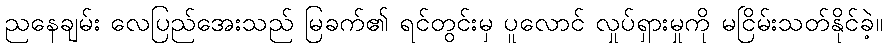
ညနေချမ်း လေပြည်အေးသည် မြခက်၏ ရင်တွင်းမှ ပူလောင် လှုပ်ရှားမှုကို မငြိမ်းသတ်နိုင်ခဲ့။